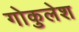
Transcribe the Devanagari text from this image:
गोकुलेश